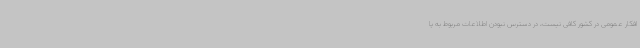
افکار عمومی در کشور کافی نیست، در دسترس نبودن اطلاعات مربوط به پا